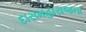
દાસમહારાજના